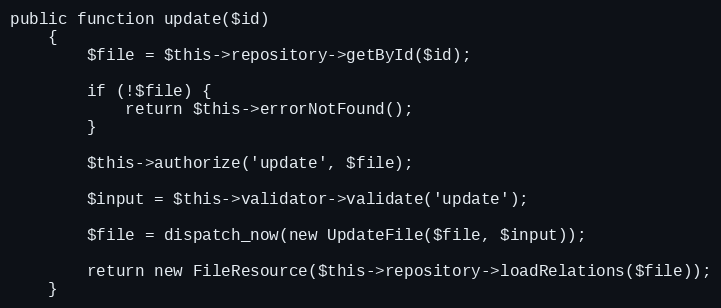
Language: PHP
public function update($id)
    {
        $file = $this->repository->getById($id);

        if (!$file) {
            return $this->errorNotFound();
        }

        $this->authorize('update', $file);

        $input = $this->validator->validate('update');

        $file = dispatch_now(new UpdateFile($file, $input));

        return new FileResource($this->repository->loadRelations($file));
    }